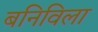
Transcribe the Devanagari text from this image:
बनिविला